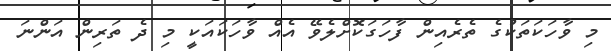
މި ވާހަކަތަކުގެ ތެރެއިން ފާހަގަކޮށްލެވޭ އެއް ވާހަކައަކީ މި ދެ ތަރިން އަންނަ